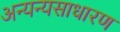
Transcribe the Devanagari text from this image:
अन्यन्यसाधारण